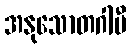
အနုသောတဂါမီ